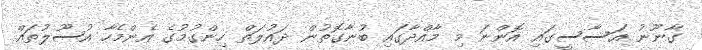
ގާނޫނު އަސާސީގައި އޮންނަ މިި މާއްދާގައި ބުނާގޮތުން ދައުލަތް ހިންގުމުގެ އެންމެހާ އުސޫލުތައް